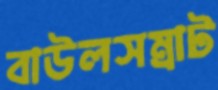
বাউলসম্রাট